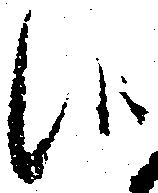
候